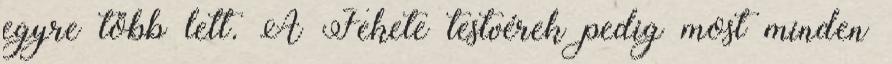
egyre több lett. A Fekete testvérek pedig most minden